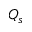
Q _ { s }